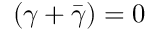
( \gamma + { \bar { \gamma } } ) = 0